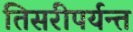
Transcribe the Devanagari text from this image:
तिसरीपर्यन्त